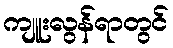
ကျူးလွန်ရာတွင်